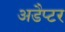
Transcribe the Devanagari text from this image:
अडैप्टर